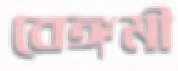
বেঙ্গমী